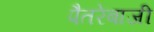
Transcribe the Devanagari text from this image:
पैतरेबाजी